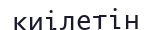
киілетін